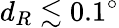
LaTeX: d_{R}\lesssim 0.1^{\circ}